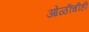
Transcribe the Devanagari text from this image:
ओळींचीही